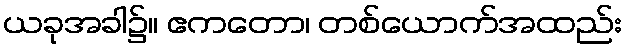
ယခုအခါ၌။ ဧကတော၊ တစ်ယောက်အထည်း